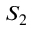
S _ { 2 }